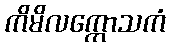
ကိမိလက္ကောသကံ